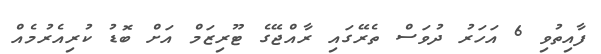
ފާއިތުވި 6 އަހަރު ދުވަސް ތެރޭގައި ރާއްޖޭގެ ޓޫރިޒަމް އަށް ބޮޑު ކުރިއެރުމެއް